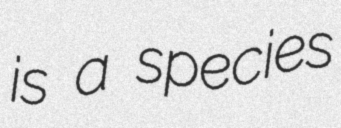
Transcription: is a species